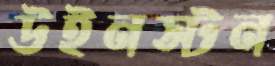
উইনস্টন